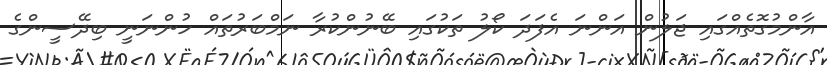
އާންމުގޮތެއްގައި ޖަލުން އަންނަ އެފަދަ ކޯލު ތަކުގައި ބޭނުންކުރާ ނަމްބަރުތައް ހުންނަނީ ބިދޭސީންގެ